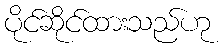
ပိုင်ဆိုင်ထားသည်ဟု